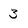
Character: 3